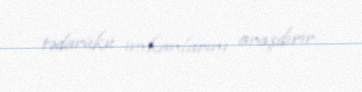
tədarükü imkanlarını araşdırır.